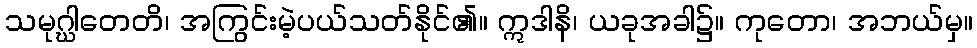
သမုဂ္ဃါတေတိ၊ အကြွင်းမဲ့ပယ်သတ်နိုင်၏။ ဣဒါနိ၊ ယခုအခါ၌။ ကုတော၊ အဘယ်မှ။